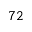
^ Ḋ 7 2 Ḍ